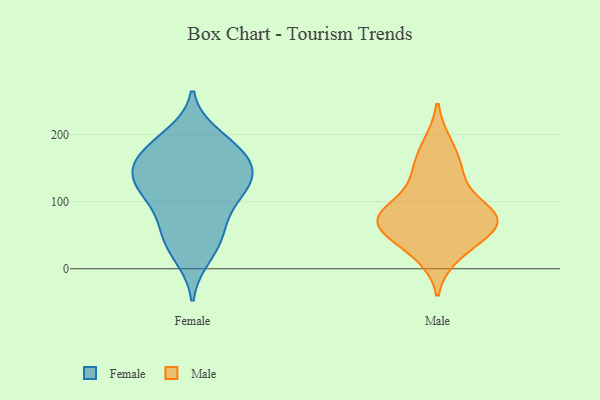
{"axis": {"x": "Shipments", "y": "Value"}, "legend": ["Female", "Male"], "data": [{"x": "", "y": 198, "type": "Female"}, {"x": "", "y": 19, "type": "Female"}, {"x": "", "y": 169, "type": "Female"}, {"x": "", "y": 134, "type": "Female"}, {"x": "", "y": 36, "type": "Female"}, {"x": "", "y": 123, "type": "Female"}, {"x": "", "y": 56, "type": "Female"}, {"x": "", "y": 62, "type": "Female"}, {"x": "", "y": 136, "type": "Female"}, {"x": "", "y": 94, "type": "Female"}, {"x": "", "y": 185, "type": "Female"}, {"x": "", "y": 157, "type": "Female"}, {"x": "", "y": 151, "type": "Female"}, {"x": "", "y": 108, "type": "Female"}, {"x": "", "y": 178, "type": "Female"}, {"x": "", "y": 126, "type": "Female"}, {"x": "", "y": 82, "type": "Male"}, {"x": "", "y": 74, "type": "Male"}, {"x": "", "y": 76, "type": "Male"}, {"x": "", "y": 186, "type": "Male"}, {"x": "", "y": 136, "type": "Male"}, {"x": "", "y": 62, "type": "Male"}, {"x": "", "y": 67, "type": "Male"}, {"x": "", "y": 91, "type": "Male"}, {"x": "", "y": 41, "type": "Male"}, {"x": "", "y": 20, "type": "Male"}, {"x": "", "y": 150, "type": "Male"}]}